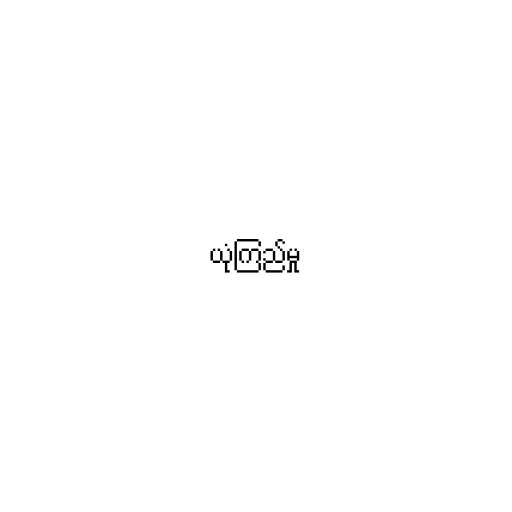
ယုံကြည်မှု